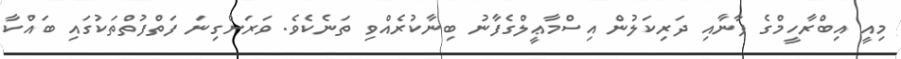
މިއީ އިބްރާހީމްގެ ފާނާއި ދަރިކަލުން އިސްމާޢީލްގެފާނު ބިނާކުރެއްވި ތަނެކެވެ. ވަރަށްގިނަ ފަތްފުތްތަކުގައި ބައްކާ